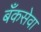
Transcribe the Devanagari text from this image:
बँकसेवा